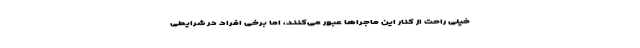
خیلی راحت از کنار این ماجراها عبور می‌کنند، اما برخی افراد در شرایطی